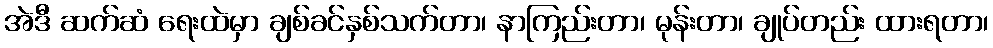
အဲဒီ ဆက်ဆံ ရေးထဲမှာ ချစ်ခင်နှစ်သက်တာ၊ နာကြည်းတာ၊ မုန်းတာ၊ ချုပ်တည်း ထားရတာ၊